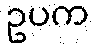
ဥပက